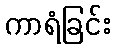
ကာရံခြင်း